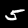
Label: 5